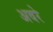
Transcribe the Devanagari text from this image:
अवरे